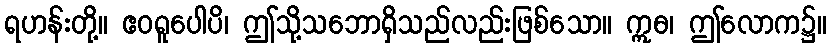
ရဟန်းတို့။ ဧဝရူပေါပိ၊ ဤသို့သဘောရှိသည်လည်းဖြစ်သော။ ဣဓ၊ ဤလောက၌။